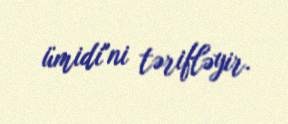
ümidi"ni tərifləyir.